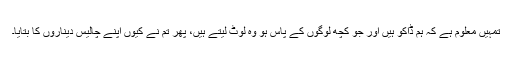
تمہیں معلوم ہے کہ ہم ڈاکو ہیں اور جو کچھ لوگوں کے پاس ہو وہ لوٹ لیتے ہیں، پھر تم نے کیوں اپنے چالیس دیناروں کا بتایا۔